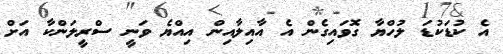
އެ ކުޑަކުޑަ ލުހްޔާ ގޮވައިގެން އެ އާއިލާއިން އިއްޔެ ވަނީ ސްރީލަންކާ އަށް